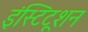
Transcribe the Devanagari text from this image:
इंस्टिटूशन